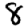
Digit: 8